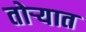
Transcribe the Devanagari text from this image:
तोर्‍यात